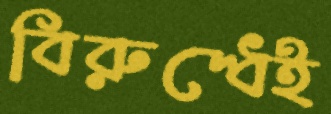
বিরুদ্ধেই